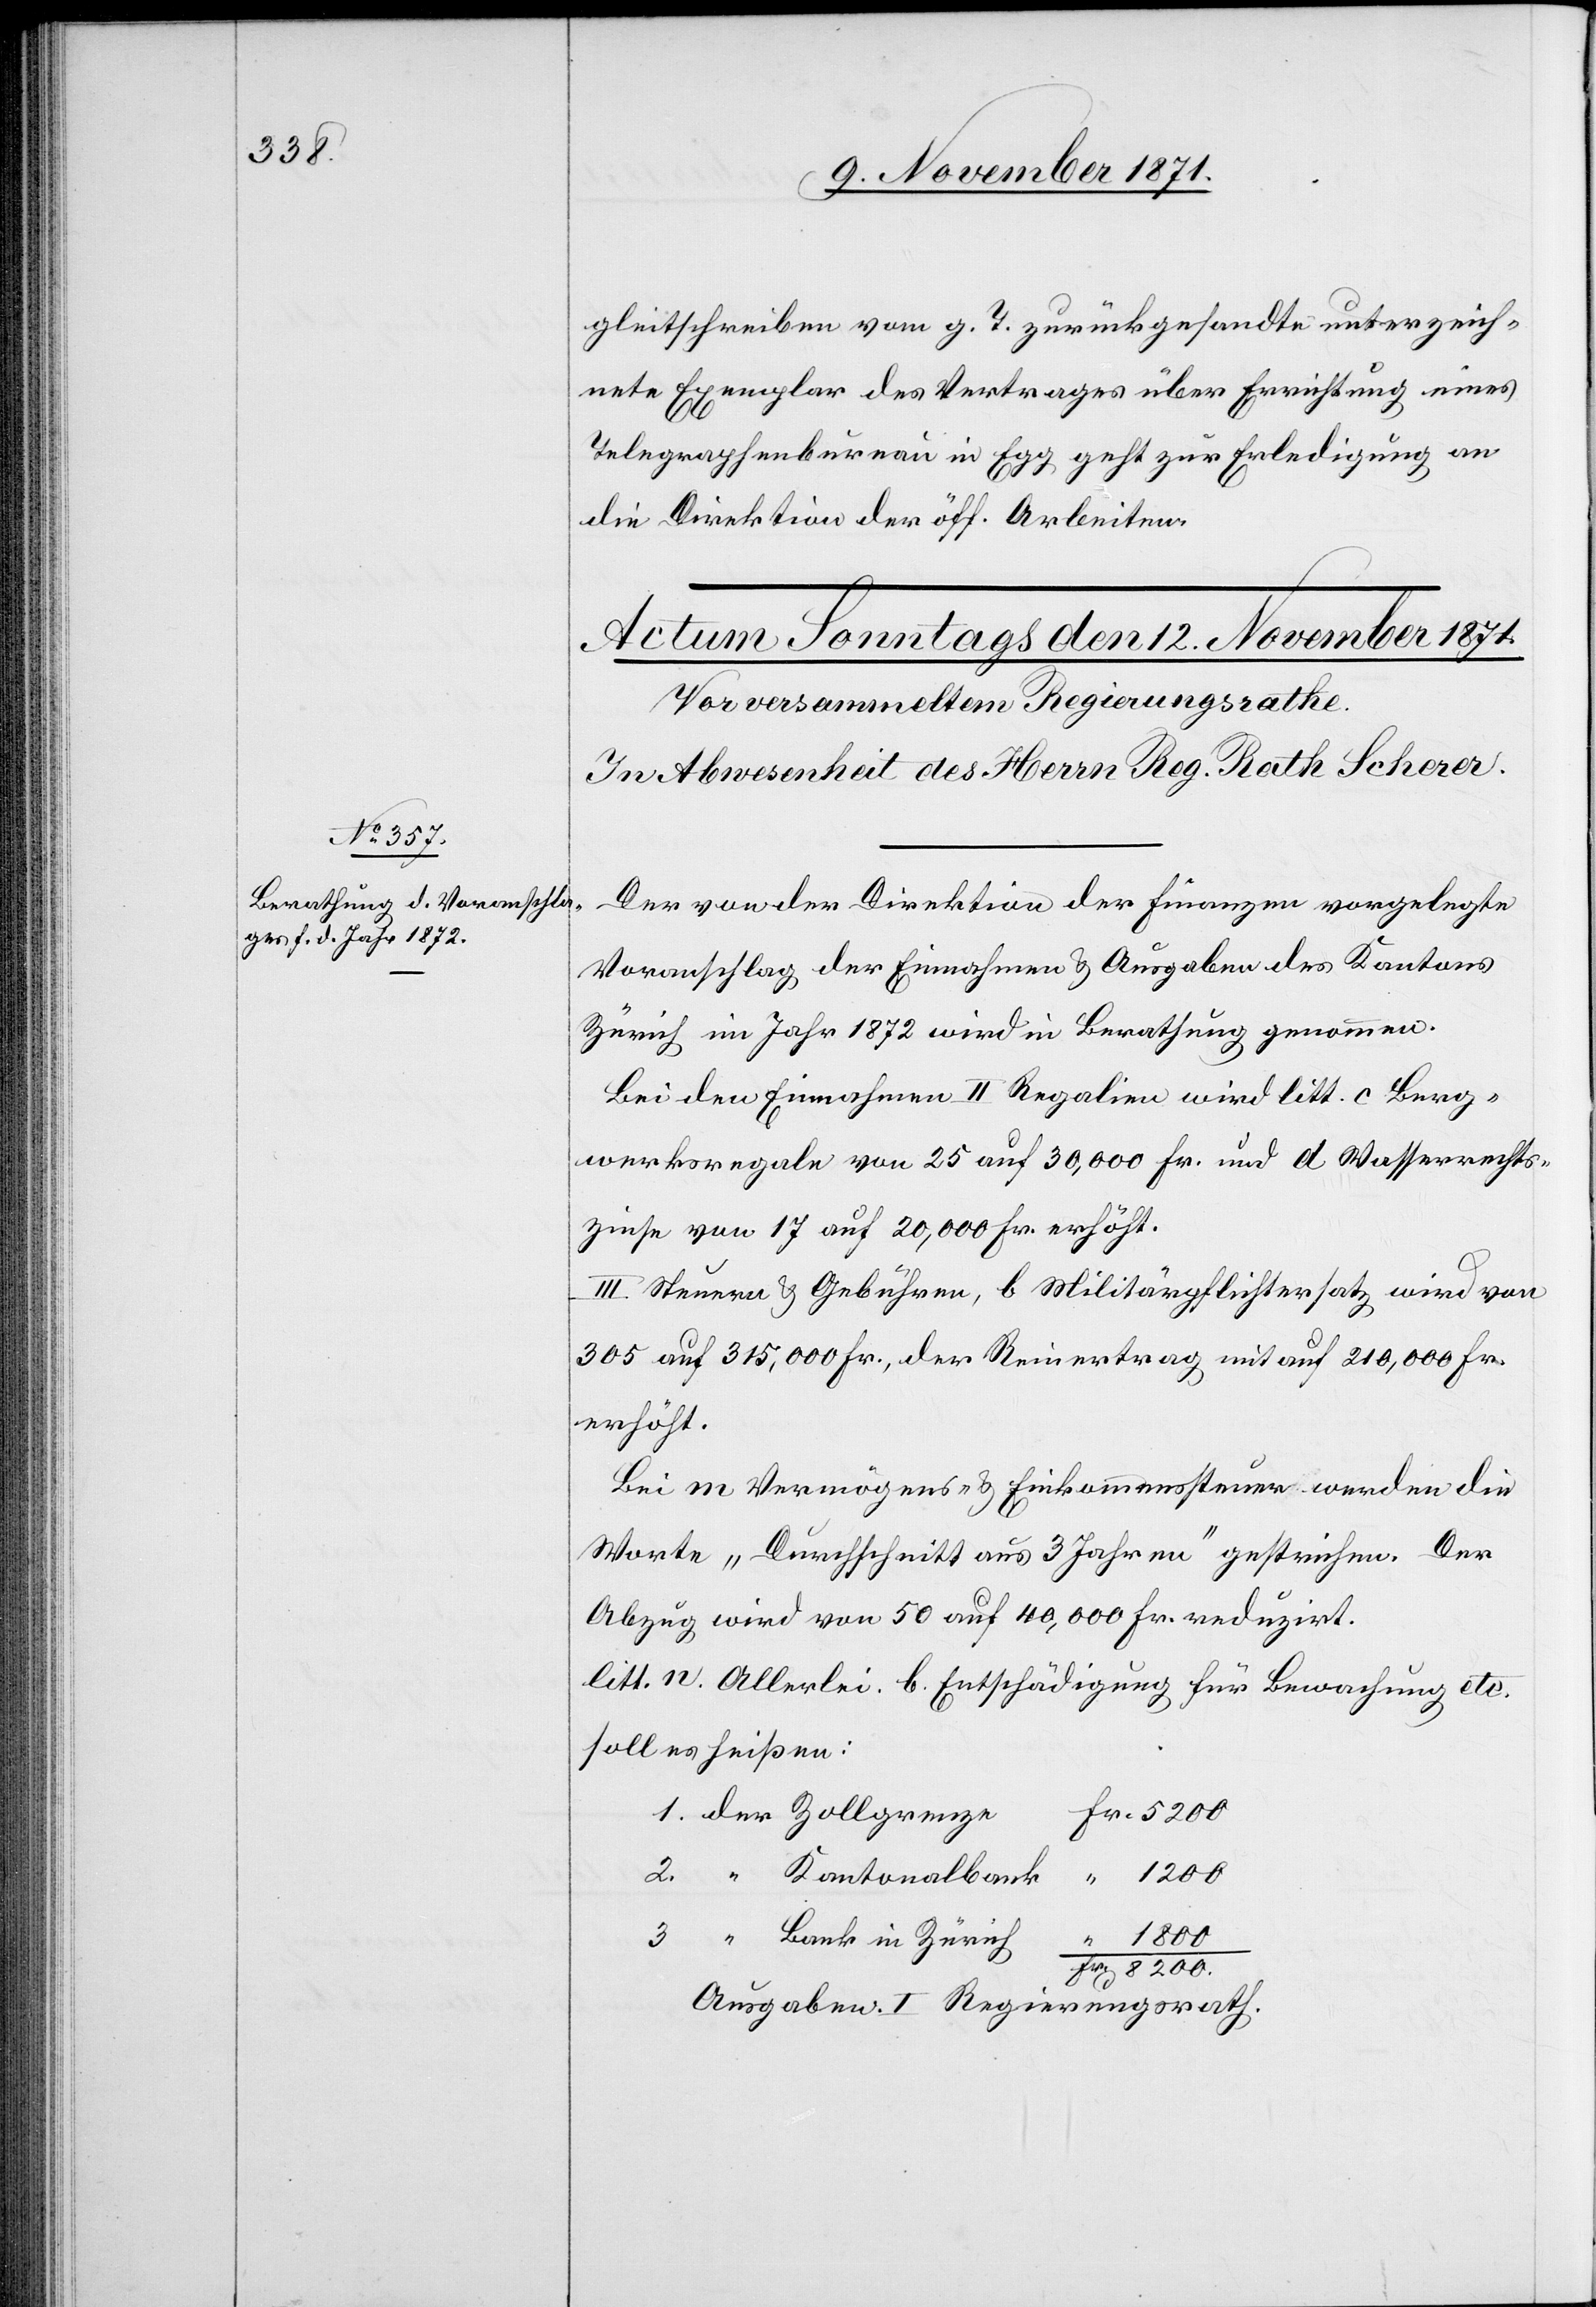
gleitschreiben vom g. T. zurückgesandte unterzeich¬
nete Exemplar des Vertrages über Errichtung eines
Telegraphenbureau in Egg geht zur Erledigung an
die Direktion der öff. Arbeiten.
Der von der Direktion der Finanzen vorgelegte
Voranschlag der Einnahmen & Ausgaben des Kantons
Zürich im Jahr 1872 wird in Berathung genommen.
Bei den Einnahmen II. Regalien wird litt. c Berg¬
werksregale von 25 auf 30,000 Fr. und d Wasserrechts¬
zinse von 17 auf 20,000 Fr. erhöht.
III. Steuern & Gebühren, b Militärpflichtersatz wird von
305 auf 315,000 Fr., der Reinertrag mit auf 210,000 Fr.
erhöht.
Bei m Vermögens- & Einkommenssteuer werden die
Worte „Durchschnitt aus 3 Jahren“ gestrichen. Der
Abzug wird von 50 auf 40,000 Fr. reduzirt.
litt. n. Allerlei. b. Entschädigung für Bewachung etc.
soll es heißen:
5200
1800
Ausgaben. I Regierungsrath.